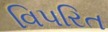
વિપરિત